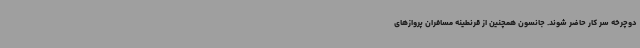
دوچرخه سر کار حاضر شوند. جانسون همچنین از قرنطینه مسافران پروازهای